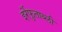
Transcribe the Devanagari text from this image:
इर्रेफुताब्ली